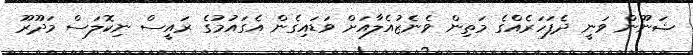
ޝަނޫން ވަނީ ދެފަހަރެއްގެ މަތިން ވެނެޒުއެލާއަށް ވަޑައިގެން އެގައުމުގެ ރައީސް ނިކޮލަސް މަދޫރޫ